NAE_EAOK_eestikeelsed_sunnimeetrikad, lk 30
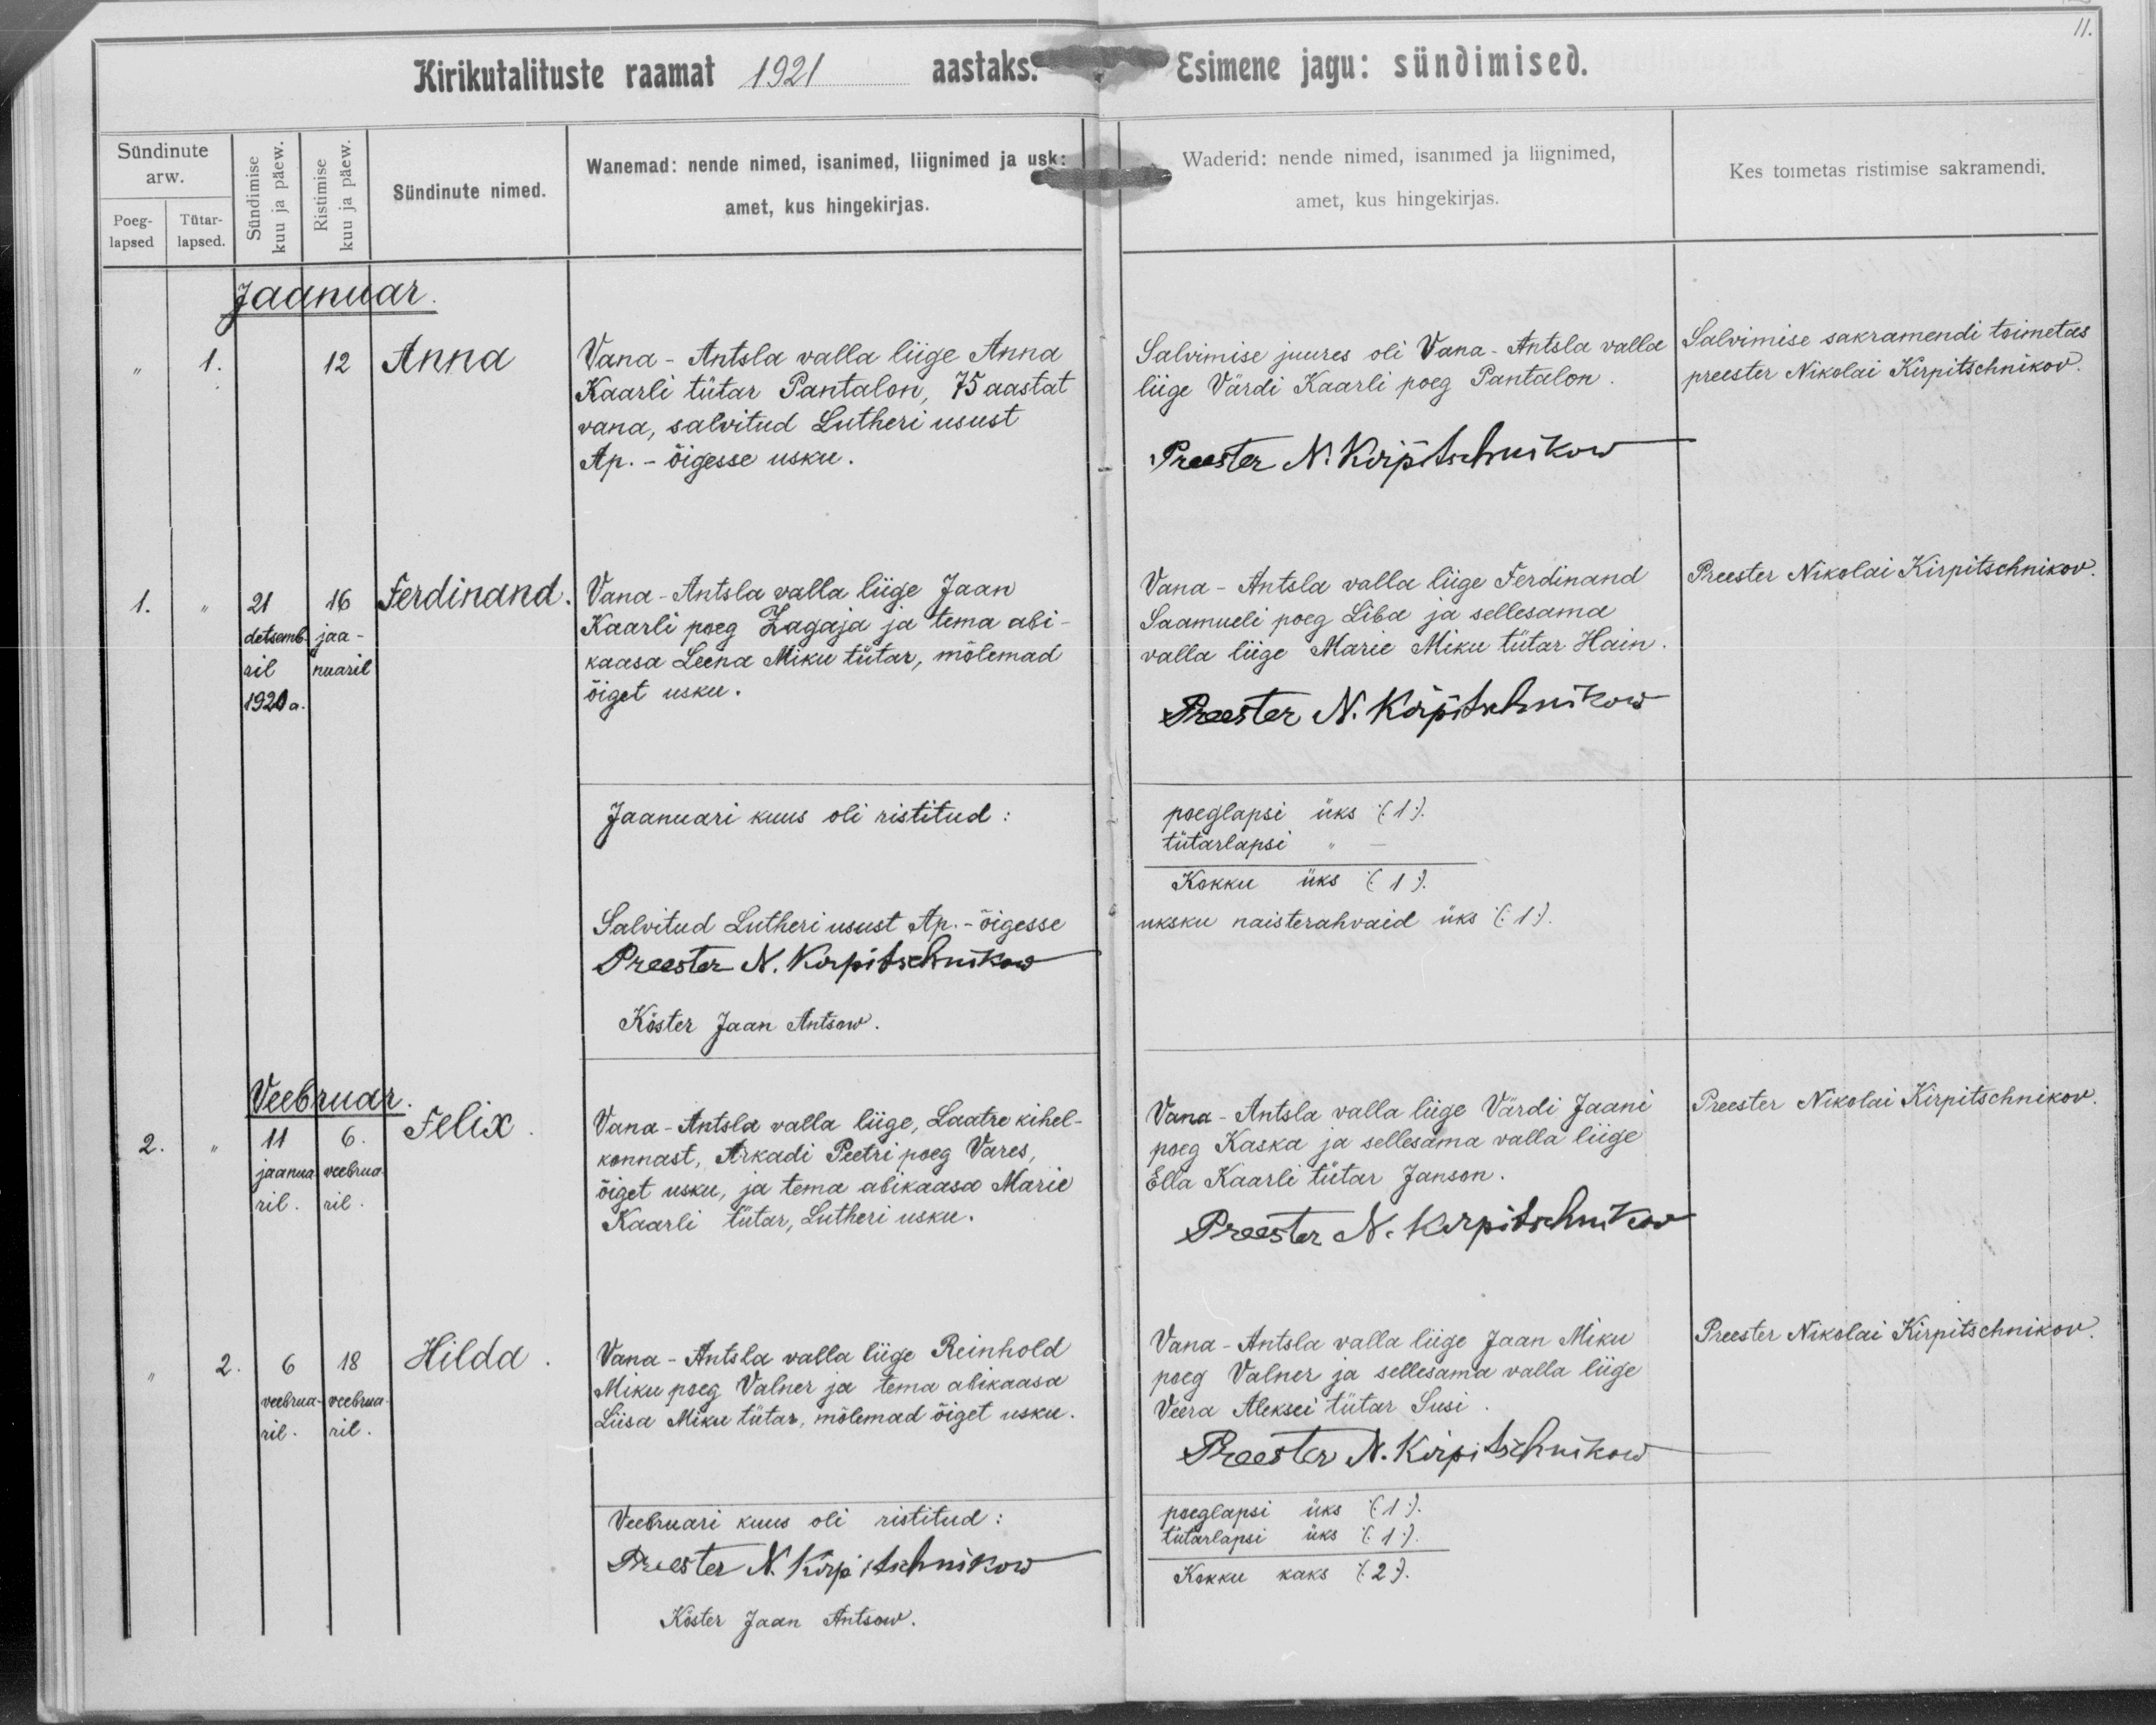
Anna

Ferdinand

Felix

Hilda

Vana-Antsla valla liige Anna
Kaarli tütar Pantalon, 75 aastat
vana, salvitud Lutheri usust
Ap.-õigesse usku.

Vana-Antsla valla liige Jaan
Kaarli poeg Jagaja ja tema abi-
kaasa Leena Miku tütar, mõlemad
õiget usku.

Vana-Antsla valla liige, Laatre kihel-
konnast, Arkadi Peetri poeg Vares,
õiget usku, ja tema abikaasa Marie
Kaarli tütar, Lutheri usku.

Vana-Antsla valla liige Reinhold
Miku poeg Valner ja tema abikaasa
Liisa Miku tütar, mõlemad õiget usku.